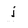
Character: j